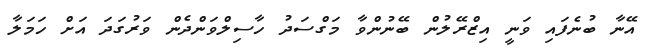
އޭނާ ބުނެފައި ވަނީ އިޒްރޭލުން ބޭނުންވާ މަގްސަދު ހާސިލްވަންދެން ވަރުގަދަ އަށް ހަމަލާ